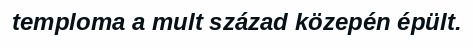
temploma a mult század közepén épült.